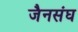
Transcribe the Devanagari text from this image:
जैनसंघ